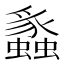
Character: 𬠸